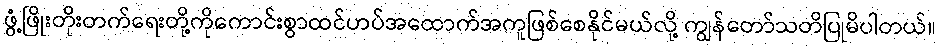
ဖွံ့ဖြိုးတိုးတက်ရေးတို့ကိုကောင်းစွာထင်ဟပ်အထောက်အကူဖြစ်စေနိုင်မယ်လို့ ကျွန်တော်သတိပြုမိပါတယ်။